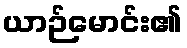
ယာဉ်မောင်း၏